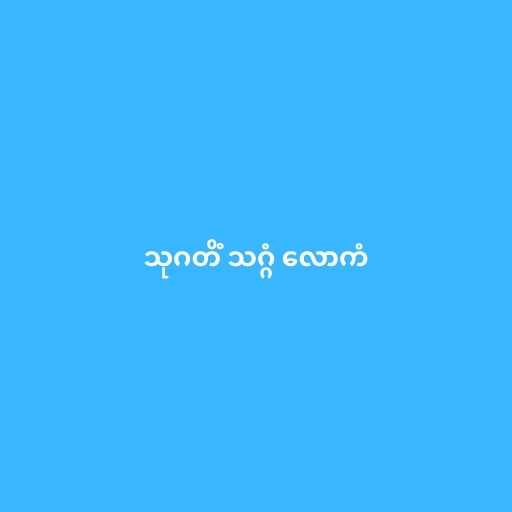
သုဂတိံ သဂ္ဂံ လောကံ